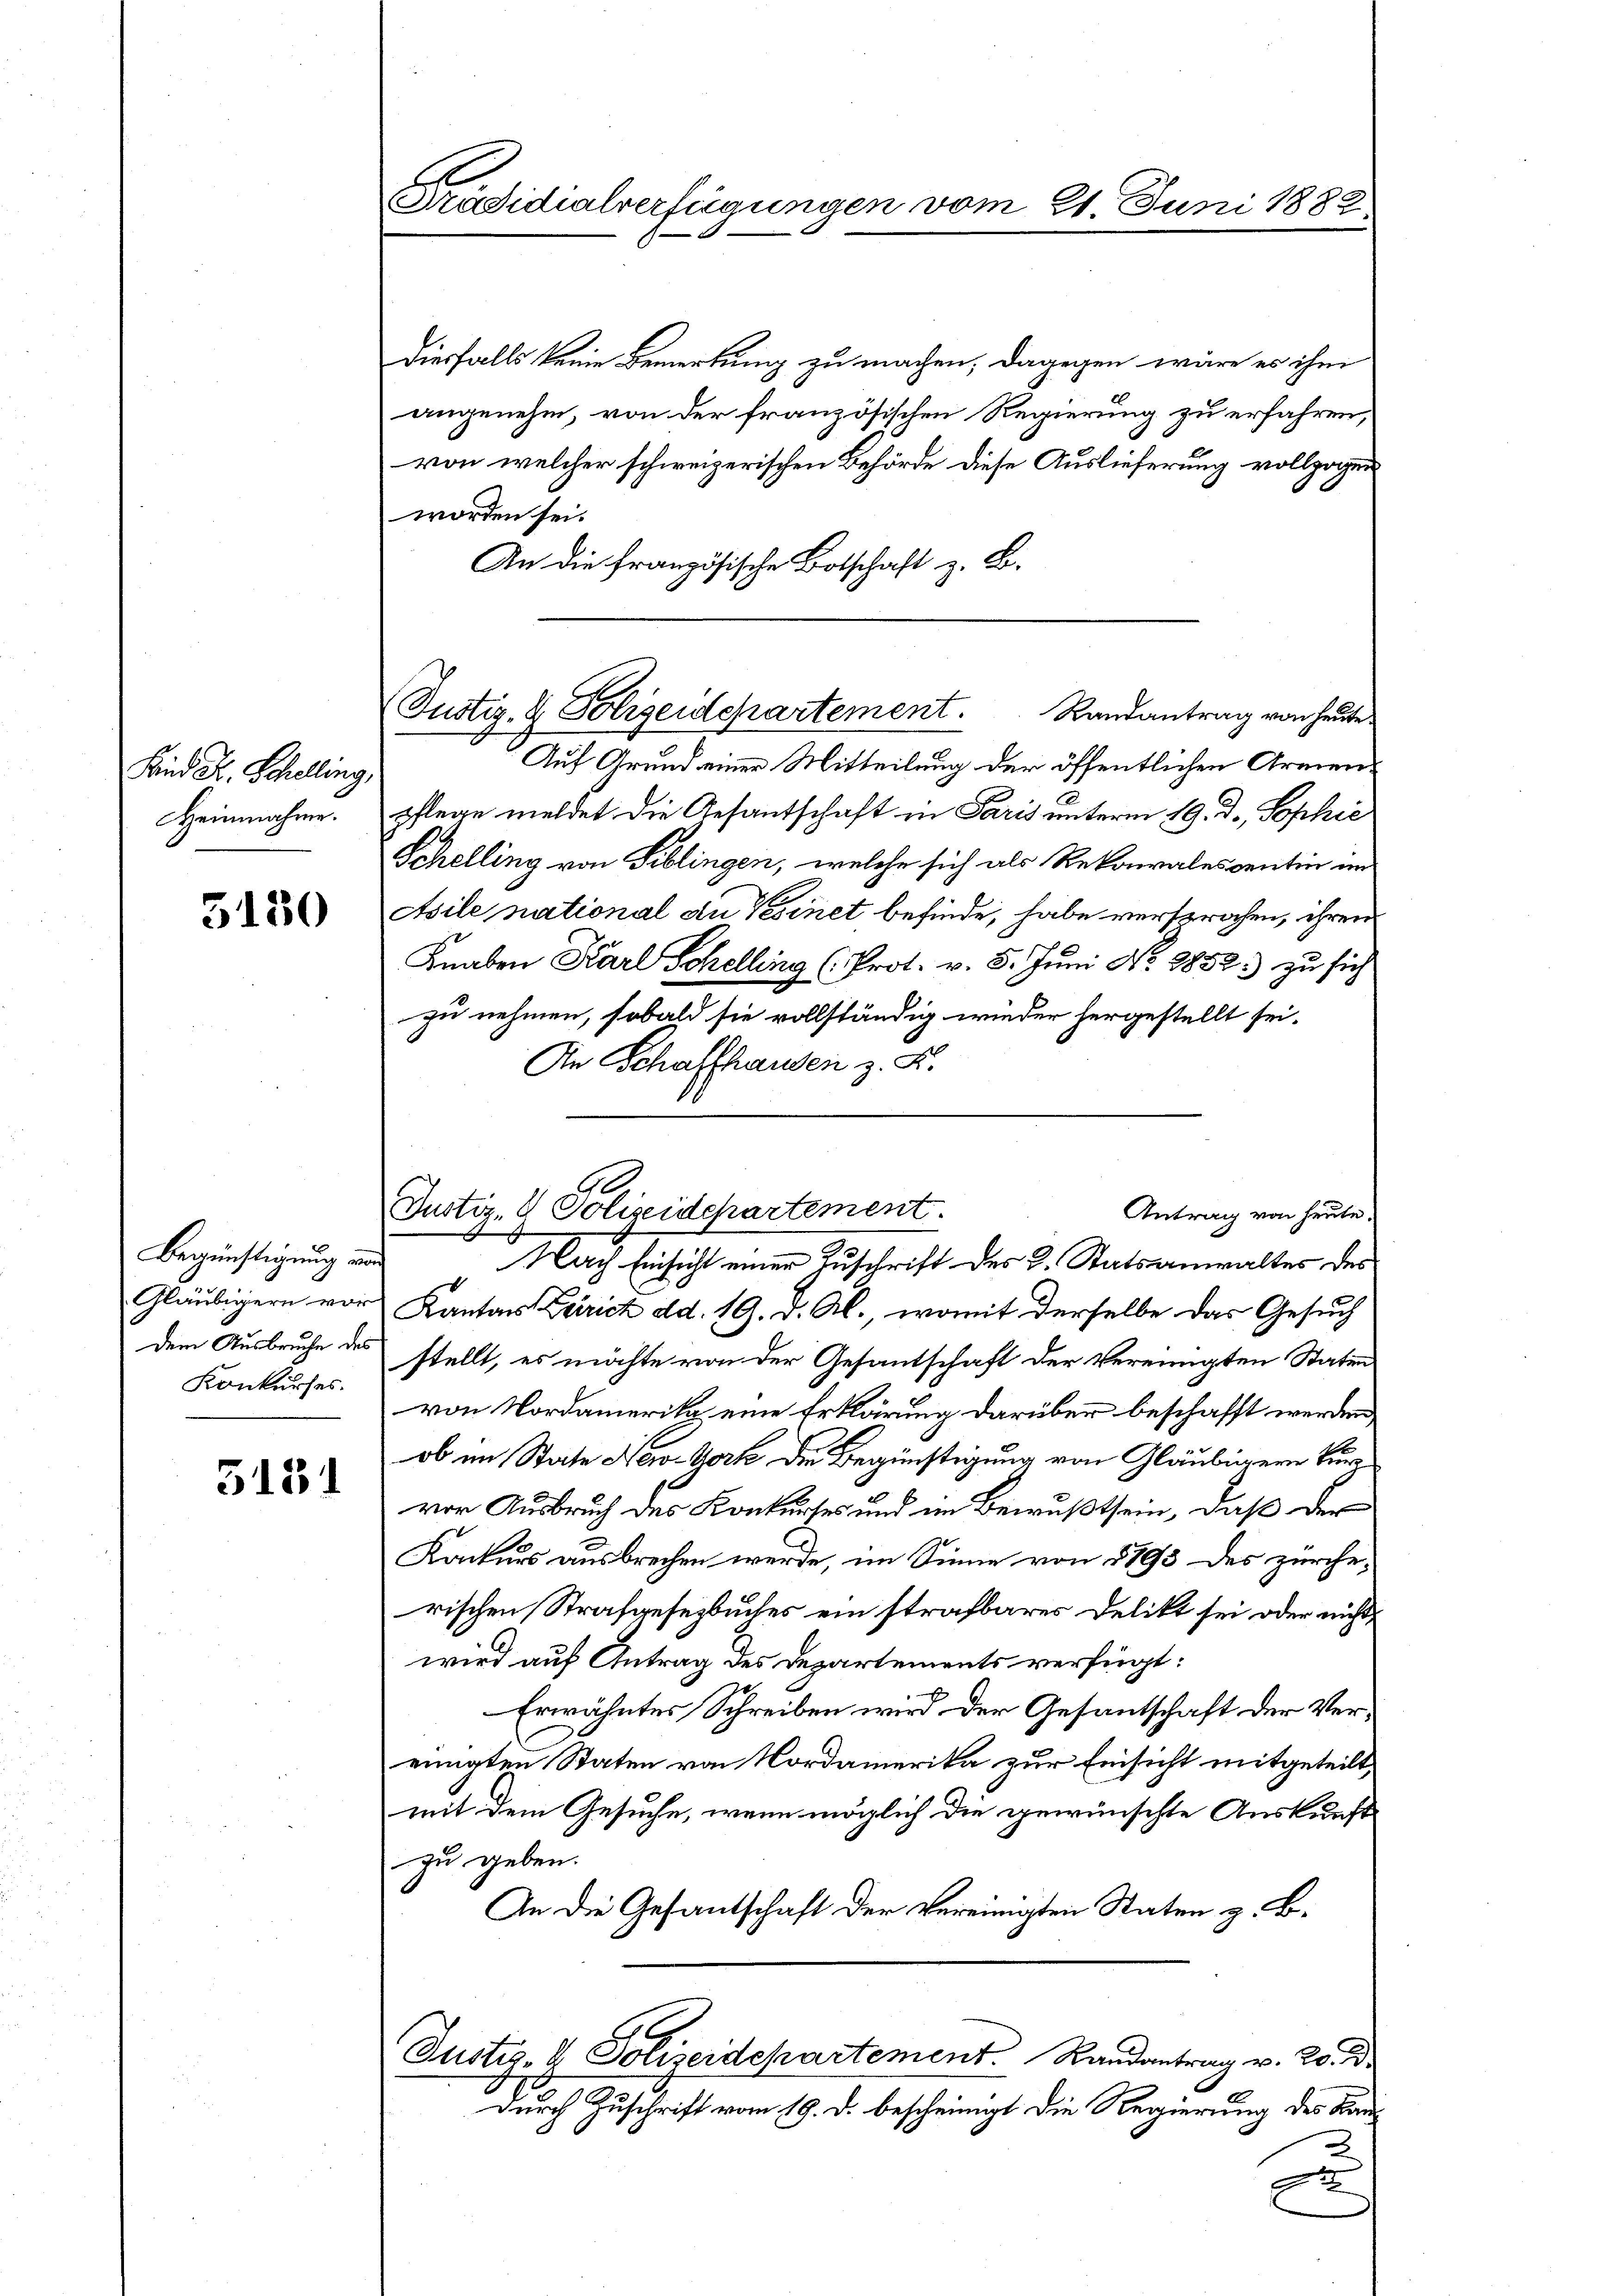
Land Fr. Schelling,
Heinnahme.

5180

Begünstigung und
Gläubigern vor
dem Ausbruche des
Konkurses.

5131

Präsidialverfügungen vom 21. Juni 1882

Justiz- & Polizeidepartement. Randantrag von heute
Auf Grund einer Mitteilung der öffentlichen Armen¬

Ge
Justiz- & Polizeidepartement.
Antrag von heute.
Nach Einsicht einer Zuschrift des 2. Statsanwalter des

diesfalls keine Bemerkung zu machen, dagegen wäre es ihm
angenehm, von der französischen Regierung zu erfahren,
von welcher schweizerischen Behörde diese Auslieferung vollzogen
worden sei.
An die französische Botschaft z. B.
pflege meldet die Gesantschaft in Paris unterm 19. d. Sophic
Schelling von Siblingen, welche sich als Rekorales centin im
Asile national du einet befinde, habe versprochen, ihren
Knaben Karl Schelling (Prot. v. 5. Juni N. 2852) zu sich
zu nehmen, sobald sie vollständig wieder hergestellt sei.
An Schaffhausen z. B.
Kantons Zeirich ad. 19. d. M., womit derselbe das Gesuch
stellt, es möchte von der Gesantschaft der vereinigten Staten
von Nordamerika eine Erklärung darüber beschafft werden,
ob im State New-York die Begünstigung von Gläubigern Bürvor Ausbruch des Konkurses und im Bewußtsein, daß der
Konkurs ausbrechen werde, im Sinne von 1793 des zürche
rischen Strafgesetzbuches ein strafbares Delikt sei oder nichtwird auf Antrag des Departements verfügt:
Erwähntes Schreiben wird der Gesantschaft der Vereinigten Staten von Nordamerika zur Einsicht mitgeteilt,
mit dem Gesuche, wenn möglich die gewünschte Auskunft
zu geben.
An die Gesantschaft der vereinigten Staten z. B.
Justiz- & Polizeidepartement Randantrag v. 20. d.
durch Zuschrift vom 19. d. bescheinigt die Regierung des Kanc